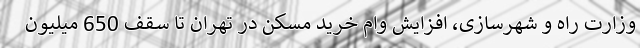
وزارت راه و شهرسازی، افزایش وام خرید مسکن در تهران تا سقف 650 میلیون